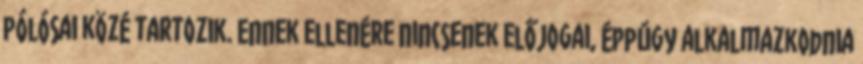
pólósai közé tartozik. Ennek ellenére nincsenek előjogai, éppúgy alkalmazkodnia